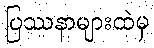
ပြဿနာများထဲမှ